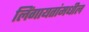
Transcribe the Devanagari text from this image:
लिंगायतांमधील